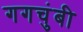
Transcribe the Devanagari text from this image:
गगचुंबी